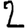
Digit: 2